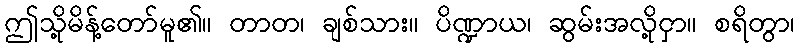
ဤသို့မိန့်တော်မူ၏။ တာတ၊ ချစ်သား။ ပိဏ္ဍာယ၊ ဆွမ်းအလို့ငှာ။ စရိတွာ၊